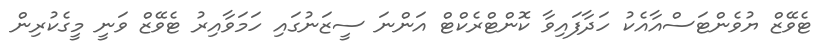
ޓެވޭޒް ޔުވެންޓަސްއާއެކު ހަދާފައިވާ ކޮންޓްރެކްޓް އަންނަ ސީޒަނުގައި ހަމަވާއިރު ޓެވޭޒް ވަނީ މީގެކުރިން